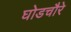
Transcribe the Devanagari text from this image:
घोडचौरे